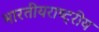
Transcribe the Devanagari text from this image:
भारतीयराष्ट्रीय